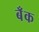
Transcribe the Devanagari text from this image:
बॅँक